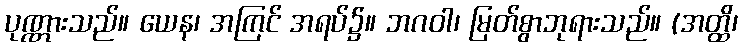
ပုဏ္ဏားသည်။ ယေန၊ အကြင် အရပ်၌။ ဘဂဝါ၊ မြတ်စွာဘုရားသည်။ (အတ္ထိ၊